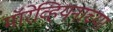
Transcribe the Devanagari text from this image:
मॉरेव्हियनाच्या